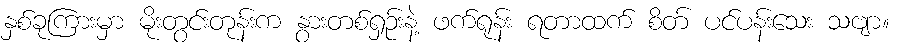
နှစ်ခုကြားမှာ မိုးတွင်းတုန်းက နွားတစ်ရှဉ်းနဲ့ ဖက်ရုန်း ရတာထက် စိတ် ပင်ပန်းသေး သဗျာ။